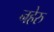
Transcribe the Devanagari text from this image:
नहेरु